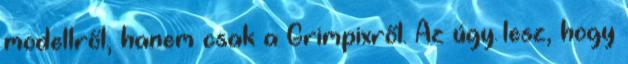
modellről, hanem csak a Grimpixről. Az úgy lesz, hogy